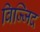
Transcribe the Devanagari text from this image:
बिज्जिद